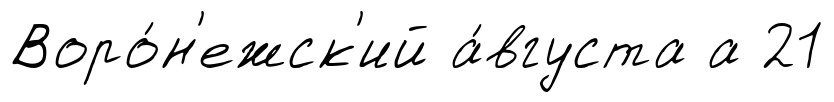
Воро́н'ежск'ий а́вгуста а 21